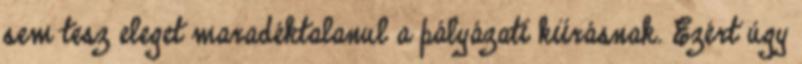
sem tesz eleget maradéktalanul a pályázati kiírásnak. Ezért úgy